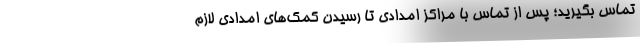
تماس بگیرید؛ پس از تماس با مراکز امدادی تا رسیدن کمک‌های امدادی لازم